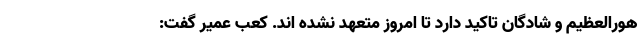
هورالعظیم و شادگان تاکید دارد تا امروز متعهد نشده اند. کعب عمیر گفت: